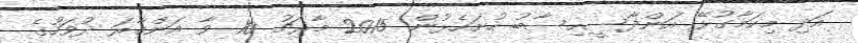
އަދި މިކަމާގުޅޭ އަންދާސީހިސާބު ހުށަހެޅުން 2015 މާރިޗު 10 ވާ އަންގާރަ ދުވަހުގެ